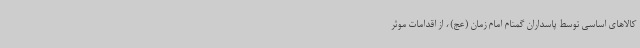
کالاهای اساسی توسط پاسداران گمنام امام زمان (عج)، از اقدامات موثر